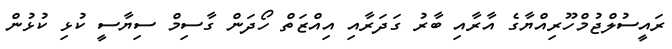
ރައީސުލްޖުމްހޫރިއްޔާގެ އާރާއި ބާރު ގަދަރާއި އިއްޒަތް ހޯދަން ގާސިމް ސިޔާސީ ކުޅި ކުޅުން